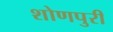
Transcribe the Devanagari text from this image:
शोणपुरी